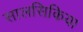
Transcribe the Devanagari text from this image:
सालसिकिया